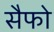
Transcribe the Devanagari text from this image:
सैफो